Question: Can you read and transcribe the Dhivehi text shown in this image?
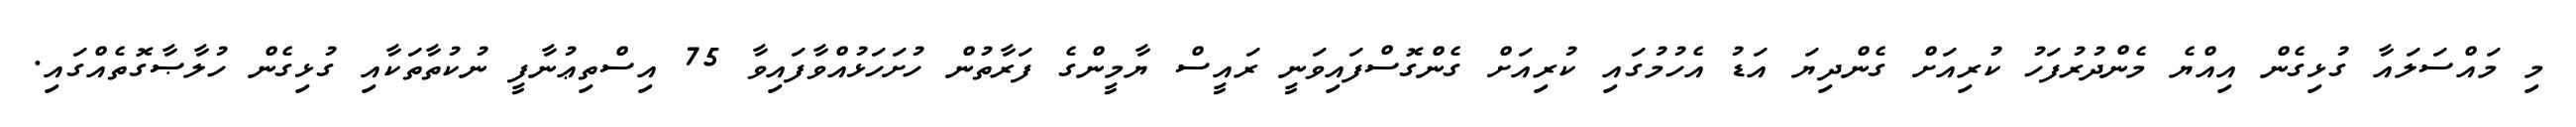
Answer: މި މައްސަލައާ ގުޅިގެން އިއްޔެ މެންދުރުފަހު ކުރިއަށް ގެންދިޔަ އަޑު އެހުމުގައި ކުރިއަށް ގެންގޮސްފައިވަނީ ރައީސް ޔާމީންގެ ފަރާތުން ހުށަހަޅުއްވާފައިވާ 75 އިސްތިޢުނާފީ ނުކުތާތަކާއި ގުޅިގެން ހުލާޞާގޮތެއްގައި.